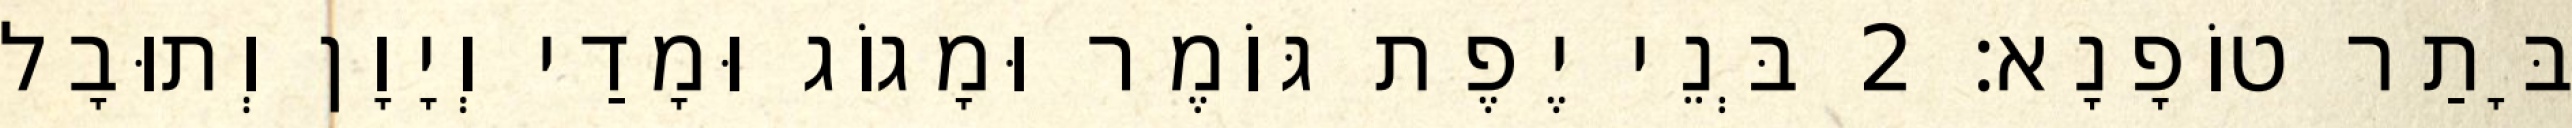
בָּתַר טוֹפָנָא׃ 2 בְּנֵי יֶפֶת גּוֹמֶר וּמָגוֹג וּמָדַי וְיָוָן וְתוּבָל